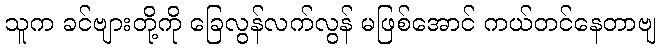
သူက ခင်ဗျားတို့ကို ခြေလွန်လက်လွန် မဖြစ်အောင် ကယ်တင်နေတာဗျ